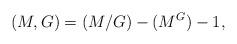
LaTeX: \begin{align*}(M,G) = (M/G) - (M^G) - 1,\end{align*}